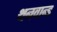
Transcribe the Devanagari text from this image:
थनवान्ड